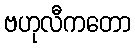
ဗဟုလီကတော